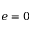
e = 0